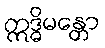
ဣဒ္ဓိမန္တော